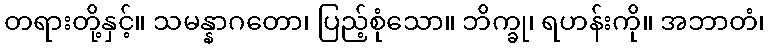
တရားတို့နှင့်။ သမန္နာဂတော၊ ပြည့်စုံသော။ ဘိက္ခု၊ ရဟန်းကို။ အဘာတံ၊